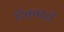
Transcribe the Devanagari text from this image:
रिक्वार्दी